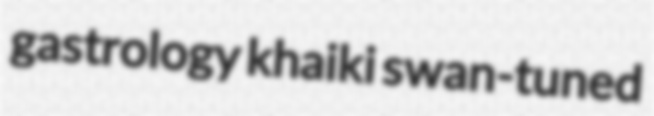
gastrology khaiki swan-tuned